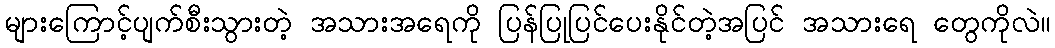
များကြောင့်ပျက်စီးသွားတဲ့ အသားအရေကို ပြန်ပြုပြင်ပေးနိုင်တဲ့အပြင် အသားရေ တွေကိုလဲ။